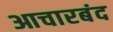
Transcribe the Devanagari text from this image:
आचारबंद